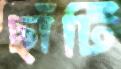
ছাঁটি